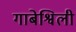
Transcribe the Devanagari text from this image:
गाबेश्विली